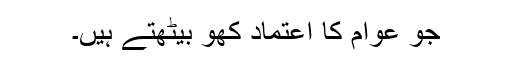
جو عوام کا اعتماد کھو بیٹھتے ہیں۔